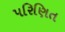
પરિણિત